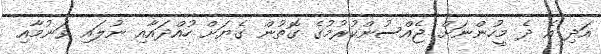
އަދި އެ ދެ މީހުންނަށް ޖެއްސުންކުރުމުގެ ގޮތުން ގެޔަށް ހުއްދައާއި ނުލައި ވަނުމާއި